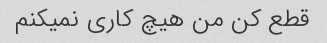
قطع کن من هیچ کاری نمیکنم